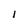
Character: l